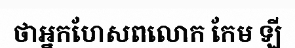
ថាអ្នកហែសពលោក កែម ឡី